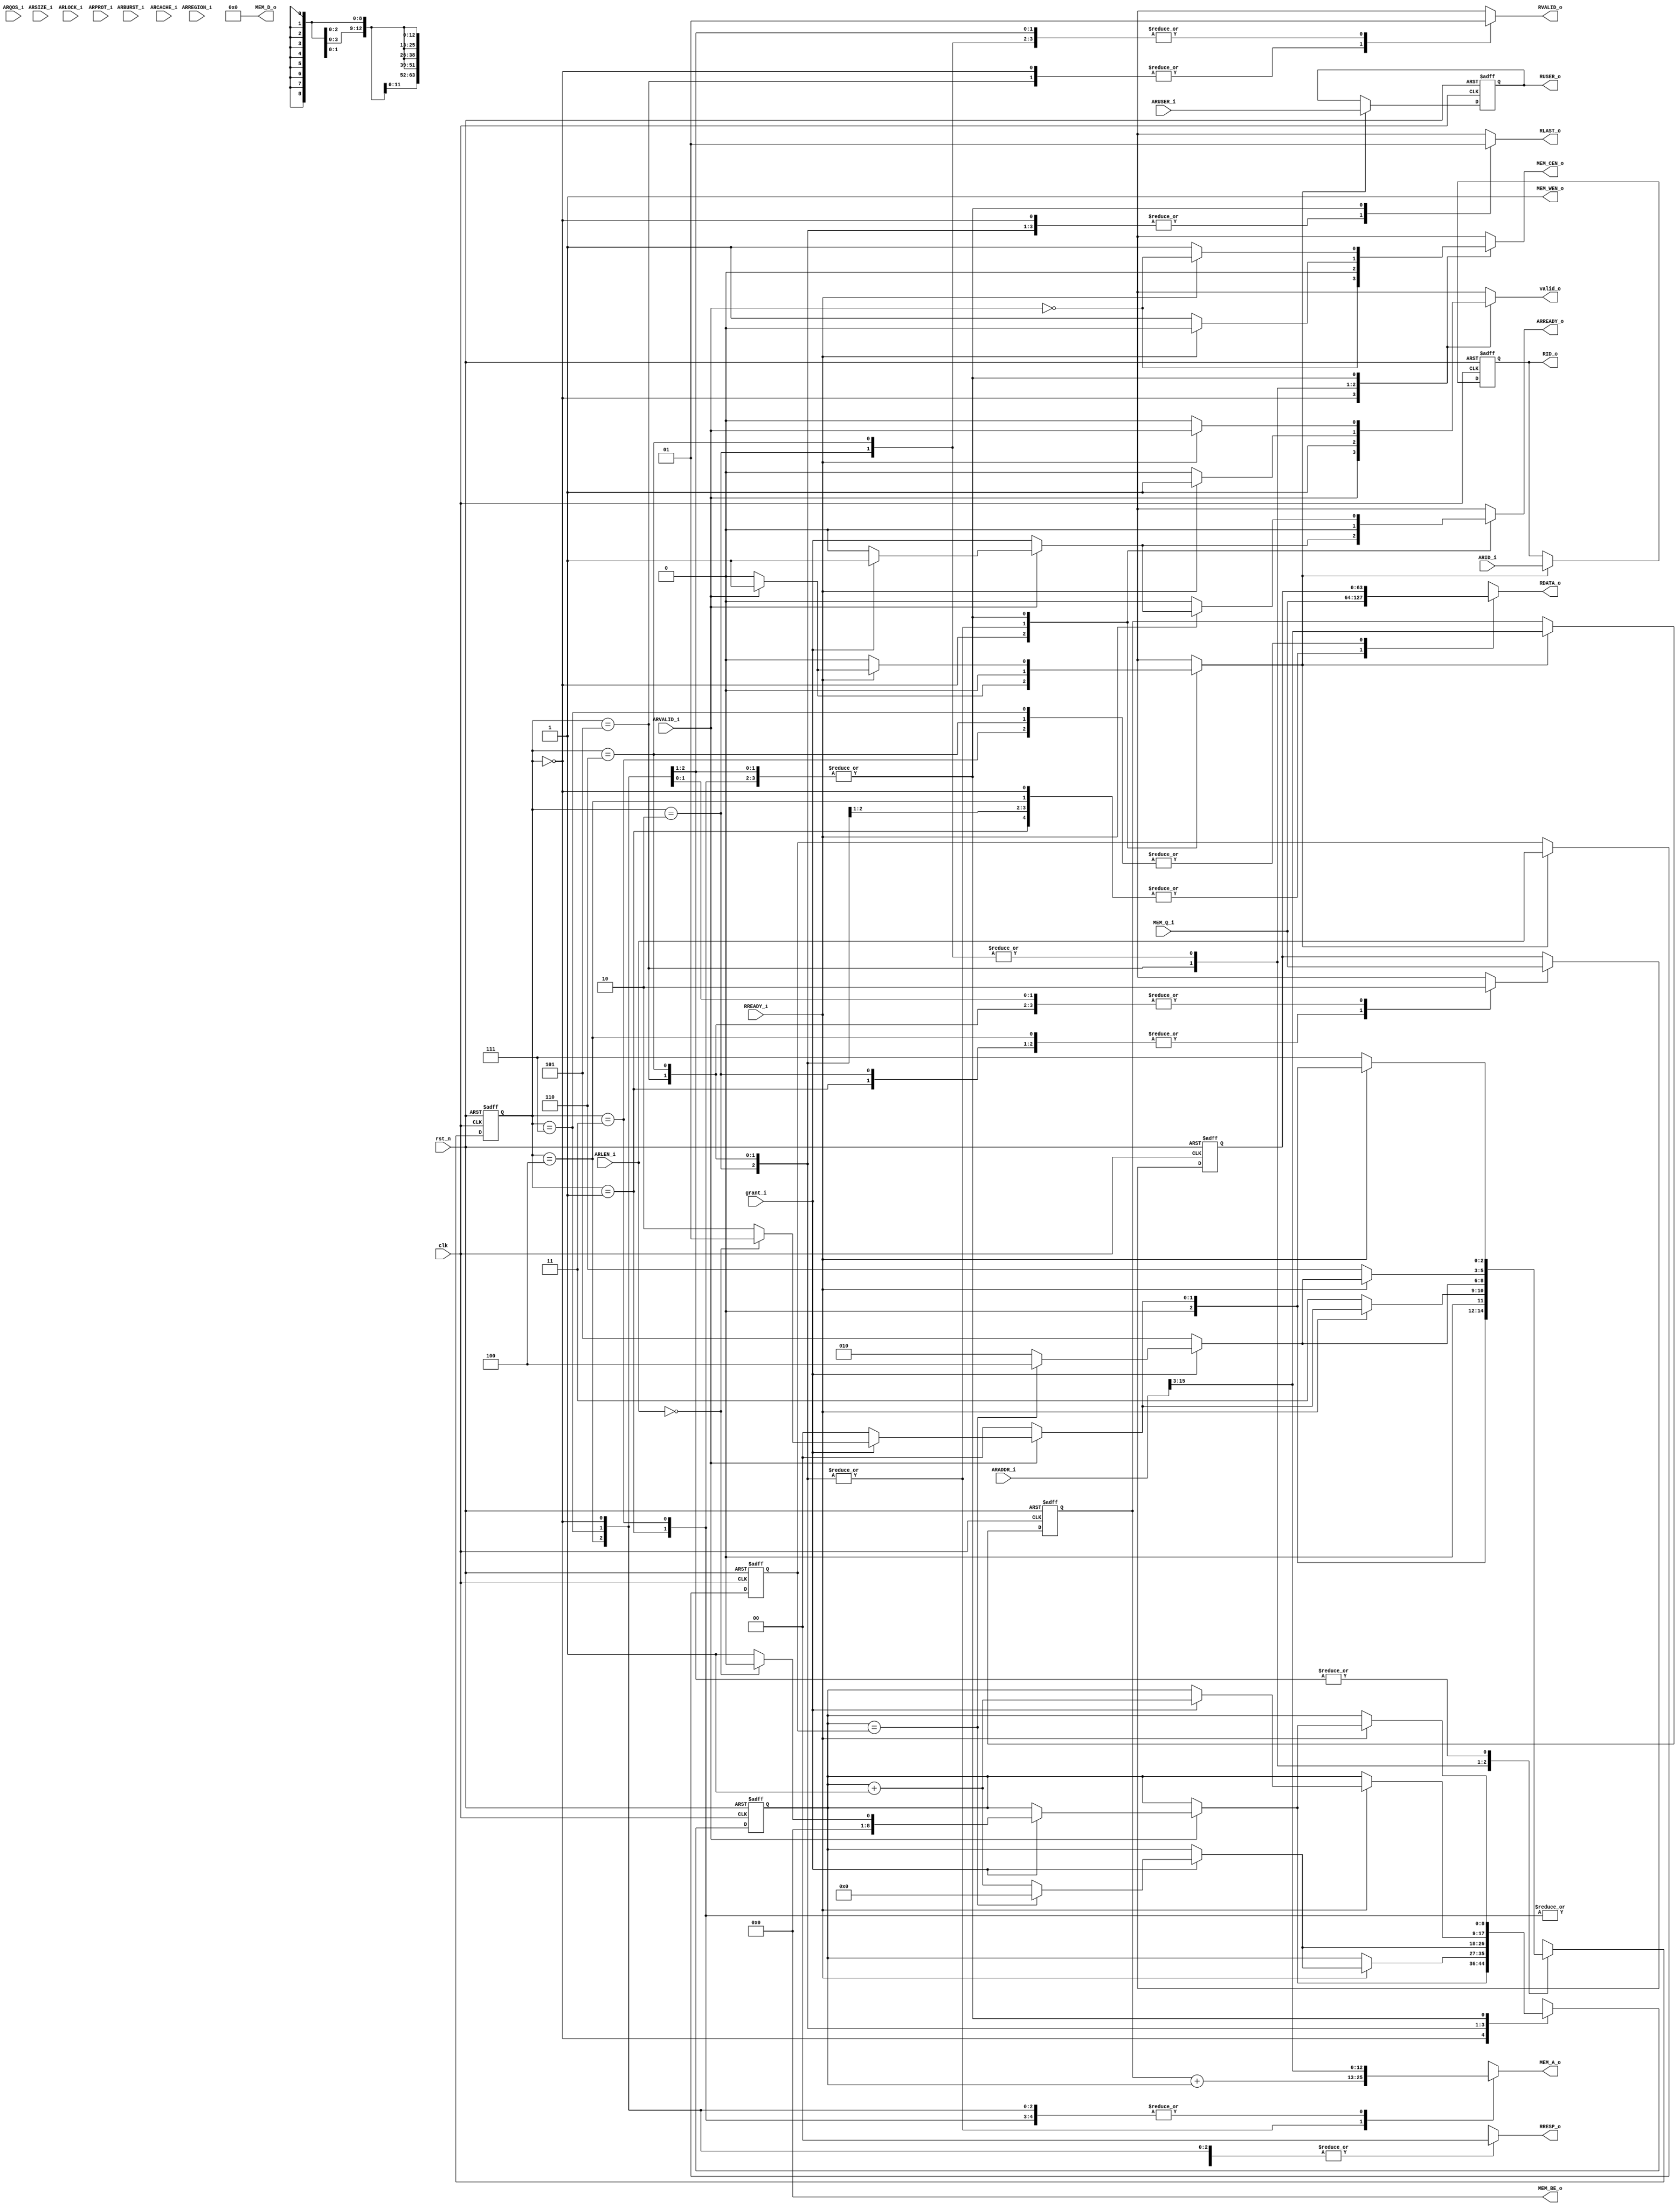
module axi_read_only_ctrl 
#(
    parameter AXI4_ADDRESS_WIDTH = 32,
    parameter AXI4_RDATA_WIDTH   = 64,
    parameter AXI4_WDATA_WIDTH   = 64,
    parameter AXI4_ID_WIDTH      = 16,
    parameter AXI4_USER_WIDTH    = 10,
    parameter AXI_NUMBYTES       = AXI4_WDATA_WIDTH/8,
    parameter MEM_ADDR_WIDTH     = 13
)
(
	clk,
	rst_n,
	ARID_i,
	ARADDR_i,
	ARLEN_i,
	ARSIZE_i,
	ARBURST_i,
	ARLOCK_i,
	ARCACHE_i,
	ARPROT_i,
	ARREGION_i,
	ARUSER_i,
	ARQOS_i,
	ARVALID_i,
	ARREADY_o,
	RID_o,
	RDATA_o,
	RRESP_o,
	RLAST_o,
	RUSER_o,
	RVALID_o,
	RREADY_i,
	MEM_CEN_o,
	MEM_WEN_o,
	MEM_A_o,
	MEM_D_o,
	MEM_BE_o,
	MEM_Q_i,
	grant_i,
	valid_o
);
	//parameter AXI4_ADDRESS_WIDTH = 32;
	//parameter AXI4_RDATA_WIDTH = 64;
	//parameter AXI4_WDATA_WIDTH = 64;
	//parameter AXI4_ID_WIDTH = 16;
	//parameter AXI4_USER_WIDTH = 10;
	//parameter AXI_NUMBYTES = AXI4_WDATA_WIDTH / 8;
	//parameter MEM_ADDR_WIDTH = 13;
	input wire clk;
	input wire rst_n;
	input wire [AXI4_ID_WIDTH - 1:0] ARID_i;
	input wire [AXI4_ADDRESS_WIDTH - 1:0] ARADDR_i;
	input wire [7:0] ARLEN_i;
	input wire [2:0] ARSIZE_i;
	input wire [1:0] ARBURST_i;
	input wire ARLOCK_i;
	input wire [3:0] ARCACHE_i;
	input wire [2:0] ARPROT_i;
	input wire [3:0] ARREGION_i;
	input wire [AXI4_USER_WIDTH - 1:0] ARUSER_i;
	input wire [3:0] ARQOS_i;
	input wire ARVALID_i;
	output reg ARREADY_o;
	output reg [AXI4_ID_WIDTH - 1:0] RID_o;
	output reg [AXI4_RDATA_WIDTH - 1:0] RDATA_o;
	output reg [1:0] RRESP_o;
	output reg RLAST_o;
	output reg [AXI4_USER_WIDTH - 1:0] RUSER_o;
	output reg RVALID_o;
	input wire RREADY_i;
	output reg MEM_CEN_o;
	output reg MEM_WEN_o;
	output reg [MEM_ADDR_WIDTH - 1:0] MEM_A_o;
	output wire [AXI4_RDATA_WIDTH - 1:0] MEM_D_o;
	output wire [AXI_NUMBYTES - 1:0] MEM_BE_o;
	input wire [AXI4_RDATA_WIDTH - 1:0] MEM_Q_i;
	input wire grant_i;
	output reg valid_o;
	localparam OFFSET_BIT = $clog2(AXI4_RDATA_WIDTH) - 3;
	reg [2:0] CS;
	reg [2:0] NS;
	reg [8:0] CountBurst_CS;
	reg [8:0] CountBurst_NS;
	reg sample_rdata;
	reg sample_ctrl;
	reg [AXI4_RDATA_WIDTH - 1:0] RDATA_REG;
	reg [AXI4_USER_WIDTH - 1:0] RUSER_REG;
	reg [AXI4_ID_WIDTH - 1:0] RID_REG;
	reg [MEM_ADDR_WIDTH - 1:0] ARADDR_REG;
	reg [7:0] ARLEN_REG;
	assign MEM_D_o = 1'sb0;
	assign MEM_BE_o = 1'sb0;
	always @(posedge clk or negedge rst_n) begin : _UPDATE_CS_
		if (~rst_n) begin
			CS <= 3'd0;
			CountBurst_CS <= 1'sb0;
			RDATA_REG <= 1'sb0;
			RID_REG <= 1'sb0;
			RUSER_REG <= 1'sb0;
			ARADDR_REG <= 1'sb0;
			ARLEN_REG <= 1'sb0;
		end
		else begin
			CS <= NS;
			CountBurst_CS <= CountBurst_NS;
			if (sample_ctrl) begin
				RUSER_REG <= ARUSER_i;
				RID_REG <= ARID_i;
				ARADDR_REG <= ARADDR_i[(MEM_ADDR_WIDTH + OFFSET_BIT) - 1:OFFSET_BIT];
				ARLEN_REG <= ARLEN_i;
			end
			if (sample_rdata)
				RDATA_REG <= MEM_Q_i;
		end
	end
	always @(*) begin : COMPUTE_NS
		ARREADY_o = 1'b0;
		RDATA_o = MEM_Q_i;
		RUSER_o = RUSER_REG;
		RID_o = RID_REG;
		RVALID_o = 1'b0;
		RLAST_o = 1'b0;
		RRESP_o = 2'b00;
		MEM_CEN_o = 1'b1;
		MEM_WEN_o = 1'b1;
		MEM_A_o = ARADDR_i[(MEM_ADDR_WIDTH + OFFSET_BIT) - 1:OFFSET_BIT];
		valid_o = 1'b0;
		sample_rdata = 1'b0;
		sample_ctrl = 1'b0;
		CountBurst_NS = CountBurst_CS;
		case (CS)
			3'd0: begin
				valid_o = ARVALID_i;
				MEM_CEN_o = ~ARVALID_i;
				ARREADY_o = grant_i;
				if (ARVALID_i) begin
					sample_ctrl = 1'b1;
					if (grant_i) begin
						ARREADY_o = 1'b1;
						if (ARLEN_i == 0) begin
							NS = 3'd1;
							CountBurst_NS = 1'sb0;
						end
						else begin
							NS = 3'd2;
							CountBurst_NS = 1'b1;
						end
					end
					else
						NS = 3'd0;
				end
				else
					NS = 3'd0;
			end
			3'd1: begin
				sample_rdata = 1'b1;
				RDATA_o = MEM_Q_i;
				RVALID_o = 1'b1;
				RLAST_o = 1'b1;
				RRESP_o = 2'b00;
				if (RREADY_i) begin
					ARREADY_o = grant_i;
					valid_o = ARVALID_i;
					MEM_CEN_o = ~ARVALID_i;
					if (ARVALID_i) begin
						sample_ctrl = 1'b1;
						if (grant_i) begin
							ARREADY_o = 1'b1;
							if (ARLEN_i == 0) begin
								NS = 3'd1;
								CountBurst_NS = 1'sb0;
							end
							else begin
								NS = 3'd2;
								CountBurst_NS = 1'b1;
							end
						end
						else
							NS = 3'd0;
					end
					else
						NS = 3'd0;
				end
				else
					NS = 3'd3;
			end
			3'd3: begin
				RDATA_o = RDATA_REG;
				RVALID_o = 1'b1;
				RLAST_o = 1'b1;
				RRESP_o = 2'b00;
				if (RREADY_i) begin
					ARREADY_o = grant_i;
					valid_o = ARVALID_i;
					MEM_CEN_o = ~ARVALID_i;
					if (ARVALID_i) begin
						sample_ctrl = 1'b1;
						if (grant_i) begin
							ARREADY_o = 1'b1;
							if (ARLEN_i == 0) begin
								NS = 3'd1;
								CountBurst_NS = 1'sb0;
							end
							else begin
								NS = 3'd2;
								CountBurst_NS = 1'b1;
							end
						end
						else
							NS = 3'd0;
					end
					else
						NS = 3'd0;
				end
				else
					NS = 3'd3;
			end
			3'd2: begin
				sample_rdata = 1'b1;
				RDATA_o = MEM_Q_i;
				RVALID_o = 1'b1;
				RLAST_o = 1'b0;
				RRESP_o = 2'b00;
				MEM_A_o = ARADDR_REG + CountBurst_CS;
				if (RREADY_i) begin
					sample_ctrl = 1'b0;
					MEM_CEN_o = 1'b0;
					valid_o = 1'b1;
					if (grant_i) begin
						NS = 3'd2;
						if (CountBurst_CS == ARLEN_REG) begin
							CountBurst_NS = 1'sb0;
							NS = 3'd4;
						end
						else begin
							NS = 3'd2;
							CountBurst_NS = CountBurst_CS + 1'b1;
						end
					end
					else
						NS = 3'd5;
				end
				else
					NS = 3'd6;
			end
			3'd5: begin
				MEM_CEN_o = 1'b0;
				MEM_A_o = ARADDR_REG + CountBurst_CS;
				valid_o = 1'b1;
				if (grant_i) begin
					if (CountBurst_CS == ARLEN_REG) begin
						NS = 3'd4;
						CountBurst_NS = 1'sb0;
					end
					else begin
						NS = 3'd2;
						CountBurst_NS = CountBurst_CS + 1;
					end
				end
				else
					NS = 3'd5;
			end
			3'd6: begin
				RDATA_o = RDATA_REG;
				RVALID_o = 1'b1;
				RLAST_o = 1'b0;
				RRESP_o = 2'b00;
				MEM_A_o = ARADDR_REG + CountBurst_CS;
				if (RREADY_i) begin
					valid_o = 1'b1;
					MEM_CEN_o = 1'b0;
					if (grant_i) begin
						CountBurst_NS = CountBurst_CS + 1;
						if (CountBurst_CS == ARLEN_REG)
							NS = 3'd4;
						else
							NS = 3'd2;
					end
					else
						NS = 3'd5;
				end
				else
					NS = 3'd6;
			end
			3'd4: begin
				RVALID_o = 1'b1;
				RLAST_o = 1'b1;
				RDATA_o = MEM_Q_i;
				sample_rdata = 1'b1;
				if (RREADY_i) begin
					valid_o = ARVALID_i;
					MEM_CEN_o = ~ARVALID_i;
					ARREADY_o = grant_i;
					if (ARVALID_i) begin
						sample_ctrl = 1'b1;
						if (grant_i) begin
							ARREADY_o = 1'b1;
							if (ARLEN_i == 0) begin
								NS = 3'd1;
								CountBurst_NS = 1'sb0;
							end
							else begin
								NS = 3'd2;
								CountBurst_NS = 1'b1;
							end
						end
						else
							NS = 3'd0;
					end
					else
						NS = 3'd0;
				end
				else
					NS = 3'd7;
			end
			3'd7: begin
				RVALID_o = 1'b1;
				RLAST_o = 1'b1;
				RDATA_o = RDATA_REG;
				sample_rdata = 1'b0;
				if (RREADY_i) begin
					valid_o = ARVALID_i;
					MEM_CEN_o = ~ARVALID_i;
					ARREADY_o = grant_i;
					if (ARVALID_i) begin
						sample_ctrl = 1'b1;
						if (grant_i) begin
							ARREADY_o = 1'b1;
							if (ARLEN_i == 0) begin
								NS = 3'd1;
								CountBurst_NS = 1'sb0;
							end
							else begin
								NS = 3'd2;
								CountBurst_NS = 1'b1;
							end
						end
						else
							NS = 3'd0;
					end
					else
						NS = 3'd0;
				end
				else
					NS = 3'd7;
			end
			default: NS = 3'd0;
		endcase
	end
endmodule